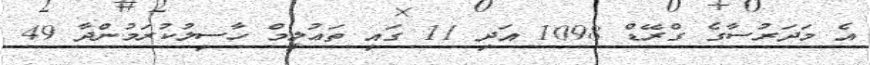
އެ މަދަރުސާގެ ގްރޭޑް 1098 އަދި 11 ގައި ތަޢުލީމް ހާސިލުކުރަމުންދާ 49